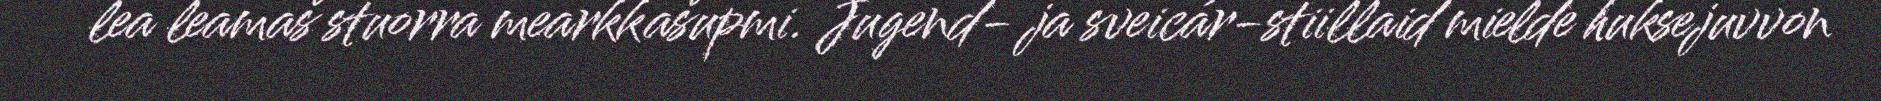
lea leamaš stuorra mearkkašupmi. Jugend- ja sveicár-stiillaid mielde huksejuvvon